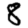
Digit: 8